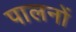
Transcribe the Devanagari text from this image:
पालनों